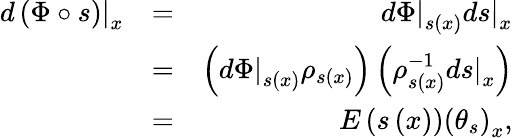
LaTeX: \begin{array}{rlr}{\left.d\left(\Phi\circ s\right)\right\vert_{x}}&{=}&{\left.d\Phi\right\vert_{s\left(x\right)}\left.ds\right\vert_{x}}\\ &{=}&{\left(\left.d\Phi\right\vert_{s\left(x\right)}\rho_{s\left(x\right)}\right)\left(\rho_{s\left(x\right)}^{-1}\left.ds\right\vert_{x}\right)}\\ &{=}&{E\left(s\left(x\right)\right)\left(\theta_{s}\right)_{x},}\end{array}